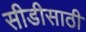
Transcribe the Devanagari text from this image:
सीडीसाठी